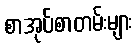
စာအုပ်စာတမ်းများ